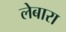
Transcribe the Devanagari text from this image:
लेबारा